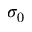
\sigma _ { 0 }